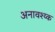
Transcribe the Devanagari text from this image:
अनावश्य्क